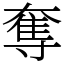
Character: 奪